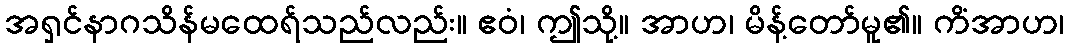
အရှင်နာဂသိန်မထေရ်သည်လည်း။ ဧဝံ၊ ဤသို့။ အာဟ၊ မိန့်တော်မူ၏။ ကိံအာဟ၊